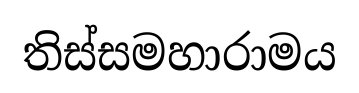
තිස්සමහාරාමය